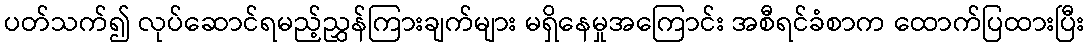
ပတ်သက်၍ လုပ်ဆောင်ရမည့်ညွှန်ကြားချက်များ မရှိနေမှုအကြောင်း အစီရင်ခံစာက ထောက်ပြထားပြီး